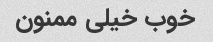
خوب خیلی ممنون